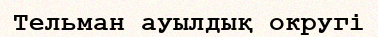
Тельман ауылдық округі